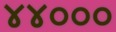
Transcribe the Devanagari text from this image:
४४०००